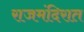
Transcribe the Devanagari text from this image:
राजमंदिरात